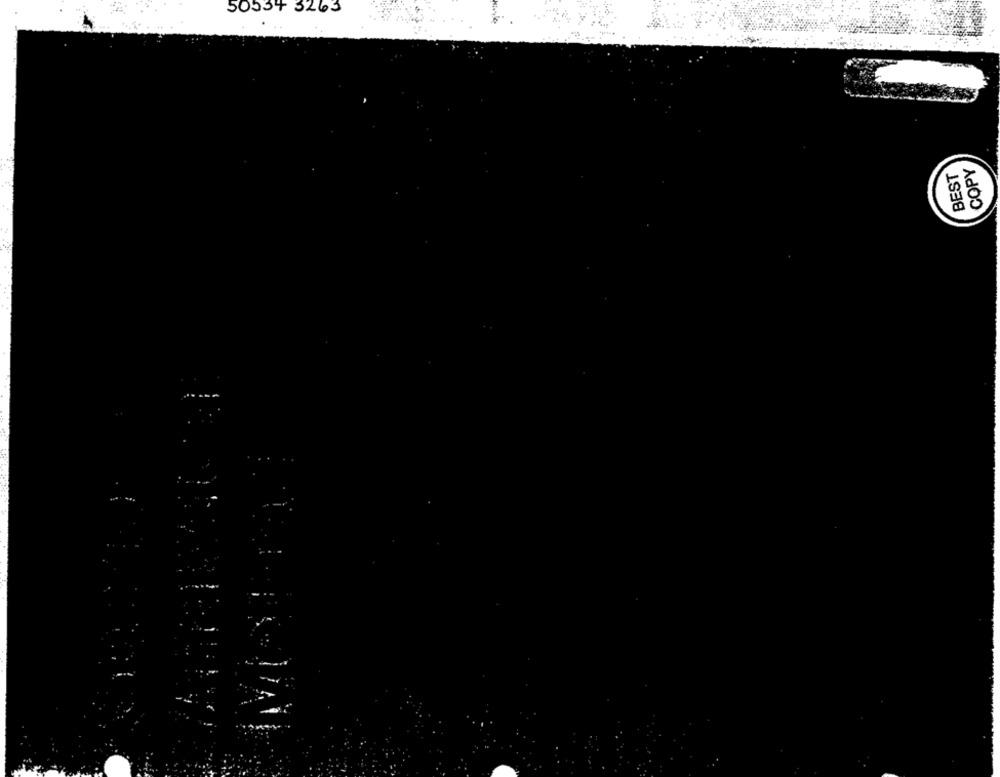
50534 3263
BEST
COPY